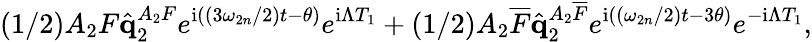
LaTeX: \left(1/2\right)A_{2}F\hat{\mathbf{q}}_{2}^{A_{2}F}e^{\mathrm{i}\left(\left(3\omega_{2n}/2\right)t-\theta\right)}e^{\mathrm{i}\Lambda T_{1}}+\left(1/2\right)A_{2}\overline{{F}}\hat{\mathbf{q}}_{2}^{A_{2}\overline{{F}}}e^{\mathrm{i}\left(\left(\omega_{2n}/2\right)t-3\theta\right)}e^{-\mathrm{i}\Lambda T_{1}},